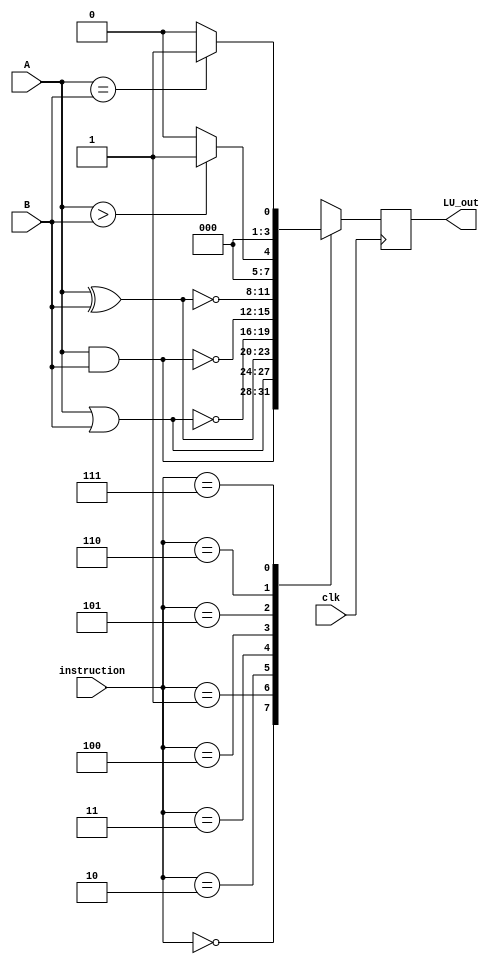
module Logical 
#(parameter N = 4, M = 4)
(
    input wire clk,
    input wire [N-1:0] A, B,
    input wire [M-2:0] instruction,
    output reg [N-1:0] LU_out
);
    always @(posedge clk) begin

        case (instruction)
            3'h0: LU_out = A & B; 
            3'h1: LU_out = A | B; 
            3'h2: LU_out = A ^ B; 
            3'h3: LU_out = ~(A | B); 
            3'h4: LU_out = ~(A & B); 
            3'h5: LU_out = ~(A ^ B); 
            3'h6: LU_out = (A>B) ? 4'h1: 4'h0;
            3'h7: LU_out = (A==B) ? 4'h1: 4'h0; 
            default: LU_out = A;
        endcase

    end
endmodule